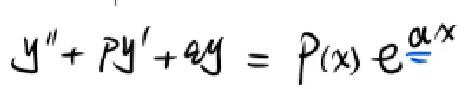
\[ y'' + py' + qy = P(x) e^{\alpha x} \]